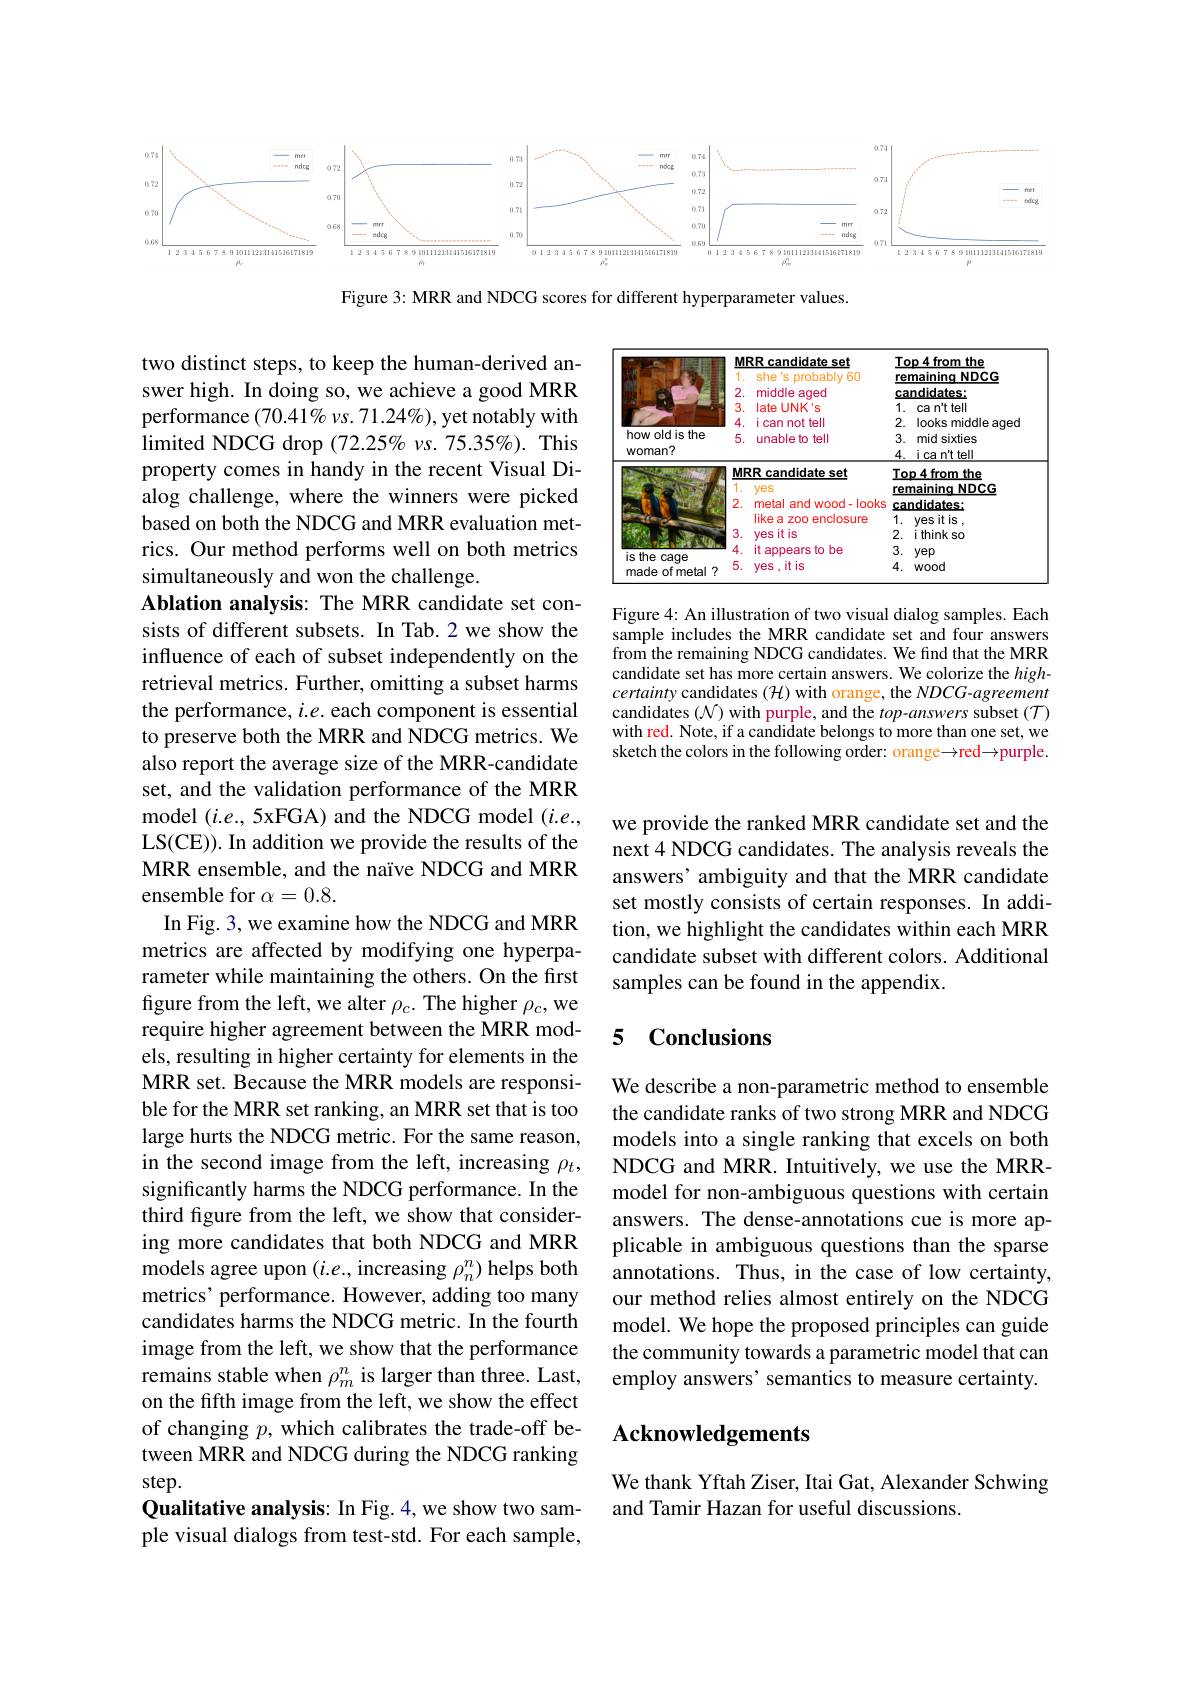
<FigureHere>

Figure 3: MRR and NDCG scores for different hyperparameter values.

<table>
	<tbody>
		<tr>
			<th rowspan="4">how oldis the woman?</th>
			<th>MRR candidate set 1 she's probably 60 2. middle eaged</th>
			<th>MRR candidate set she s's probably 60 middle eaged</th>
			<th rowspan="1">Top4from the remaining $NDCG$ candidates:</th>
		</tr>
		<tr>
			<th>4. 11 can not tell </th>
			<th>1. i can not tell</th>
			<th>looks middle aged</th>
		</tr>
		<tr>
			<th>5. unable to tell</th>
			<th>unable to tell</th>
			<th>mid sixties</th>
		</tr>
		<tr>
			<th> </th>
			<th> </th>
			<th>i ca n't tell</th>
		</tr>
		<tr>
			<td> </td>
			<td>$MRR$ R candidate set 1. yes</td>
			<td>ARR 1 : candidate set T yes</td>
			<td>$1the$ 2p4from maining $NDCG$</td>
		</tr>
		<tr>
			<td> </td>
			<td>2. metala and wood- looks</td>
			<td>metal and wood- look</td>
			<td>andidates:</td>
		</tr>
		<tr>
			<td> </td>
			<td>likea zoo enclosure</td>
			<td>likea zoo enclosure</td>
			<td>yes it is</td>
		</tr>
		<tr>
			<td> </td>
			<td>3. yes it is</td>
			<td>yesitis</td>
			<td>i think so</td>
		</tr>
		<tr>
			<td>$a$</td>
			<td>it appears to be</td>
			<td>it appears to be</td>
			<td>yep</td>
		</tr>
		<tr>
			<td>IUIU Vuy 4 made of metal</td>
			<td>5. yes,itis</td>
			<td>yes,itis</td>
			<td>wood</td>
		</tr>
	</tbody>
</table>

Figure 4: An illustration of two visual dialog samples. Each sample includes the MRR candidate set and four answers from the remaining NDCG candidates. We find that the MRR candidate set has more certain answers. We colorize the $high-$ certainty candidates ( H) with orange, the NDCG-agreement candidates ($\mathcal{N})$ with purple, and the $top-answers$ subset $(\mathcal{T})$ with red. Note, if a candidate belongs to more than one set, we sketch the colors in the following order: orange$\to$red$\to$purple.

we provide the ranked MRR candidate set and the next 4 NDCG candidates. The analysis reveals the answers' ambiguity and that the MRR candidate set mostly consists of certain responses. In addition, we highlight the candidates within each MRR candidate subset with different colors. Additional samples can be found in the appendix.

two distinct steps, to keep the human-derived answer high. In doing so, we achieve a good MRR performance $(70.41\%vs.71.24\%)$, yet notably with $\operatorname*{limited}$ NDCG drop (72.25% vs. 75.35%). This property comes in handy in the recent Visual Dialog challenge, where the winners were picked based on both the NDCG and MRR evaluation metrics. Our method performs well on both metrics simultaneously and won the challenge.
Ablation analysis: The MRR candidate set consists of different subsets. In Tab.2 we show the influence of each of subset independently on the retrieval metrics. Further, omitting a subset harms the performance, $i.e.$ each component is essential to preserve both the MRR and NDCG metrics. We also report the average size of the MRR-candidate set, and the validation performance of the MRR model $(i.e.,5$xFGA) and the NDCG model $(i.e.$, LS(CE)). In addition we provide the results of the MRR ensemble, and the naïve NDCG and MRR ensemble for $\alpha=0.8.$
In Fig. 3, we examine how the NDCG and MRR metrics are affected by modifying one hyperparameter while maintaining the others. On the first figure from the left, we alter $\rho_c.$ The higher $\rho_c$,we require higher agreement between the MRR models, resulting in higher certainty for elements in the MRR set. Because the MRR models are responsible for the MRR set ranking, an MRR set that is too large hurts the NDCG metric. For the same reason, in the second image from the left, increasing $\rho_t$, significantly harms the NDCG performance. In the third figure from the left, we show that considering more candidates that both NDCG and MRR models agree upon $(i.e.$, increasing $\rho_n^n)$ helps both metrics' performance. However, adding too many candidates harms the NDCG metric. In the fourth image from the left, we show that the performance remains stable when $\rho_m^n$ is larger than three. Last, on the fifth image from the left, we show the effect of changing $p$, which calibrates the trade-off between MRR and NDCG during the NDCG ranking step.
Qualitative analysis: In Fig. 4, we show two sample visual dialogs from test-std. For each sample,

### 5 Conclusions

We describe a non-parametric method to ensemble the candidate ranks of two strong MRR and NDCG models into a single ranking that excels on both NDCG and MRR. Intuitively, we use the MRRmodel for non-ambiguous questions with certain answers. The dense-annotations cue is more applicable in ambiguous questions than the sparse annotations. Thus, in the case of low certainty, our method relies almost entirely on the NDCG model. We hope the proposed principles can guide the community towards a parametric model that can employ answers' semantics to measure certainty.

## Acknowledgements

We thank Yftah Ziser, Itai Gat, Alexander Schwing
and Tamir Hazan for useful discussions.